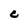
Character: C